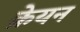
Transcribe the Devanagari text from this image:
क्रेयन